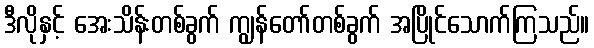
ဒီလိုနှင့် အေးသိန်းတစ်ခွက် ကျွန်တော်တစ်ခွက် အပြိုင်သောက်ကြသည်။